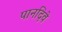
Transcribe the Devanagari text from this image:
पानदिवे